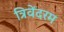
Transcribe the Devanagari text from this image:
त्रिवेंदरम